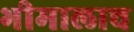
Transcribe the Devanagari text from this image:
भीमालाच